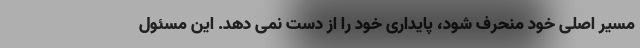
مسیر اصلی خود منحرف شود، پایداری خود را از دست نمی دهد. این مسئول